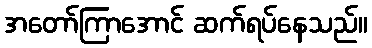
အတော်ကြာအောင် ဆက်ရပ်နေသည်။